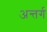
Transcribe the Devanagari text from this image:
अन्तर्ग